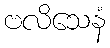
ဗလိသေနံ